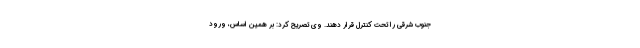
جنوب شرقی را تحت کنترل قرار دهند. وی تصریح کرد: بر همین اساس، ورود